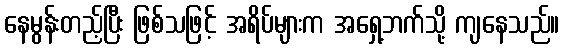
နေမွန်းတည့်ပြီး ဖြစ်သဖြင့် အရိပ်များက အရှေ့ဘက်သို့ ကျနေသည်။